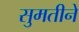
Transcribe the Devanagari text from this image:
सुमतीने